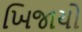
ખિજાયો